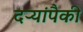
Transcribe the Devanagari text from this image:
दऱ्यांपैकी